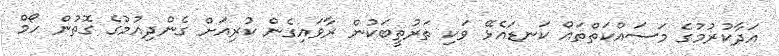
އަދާކުރުމުގެ މަސައްކަތްތައް ކަނޑައެޅޭ ވަކި ތަރުތީބަކުން ރާވައިގެން ކުރިއަށް ގެންދިއުމުގެ ގޮތުން ހޯމް